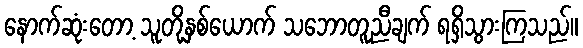
နောက်ဆုံးတော့ သူတို့နှစ်ယောက် သဘောတူညီချက် ရရှိသွားကြသည်။